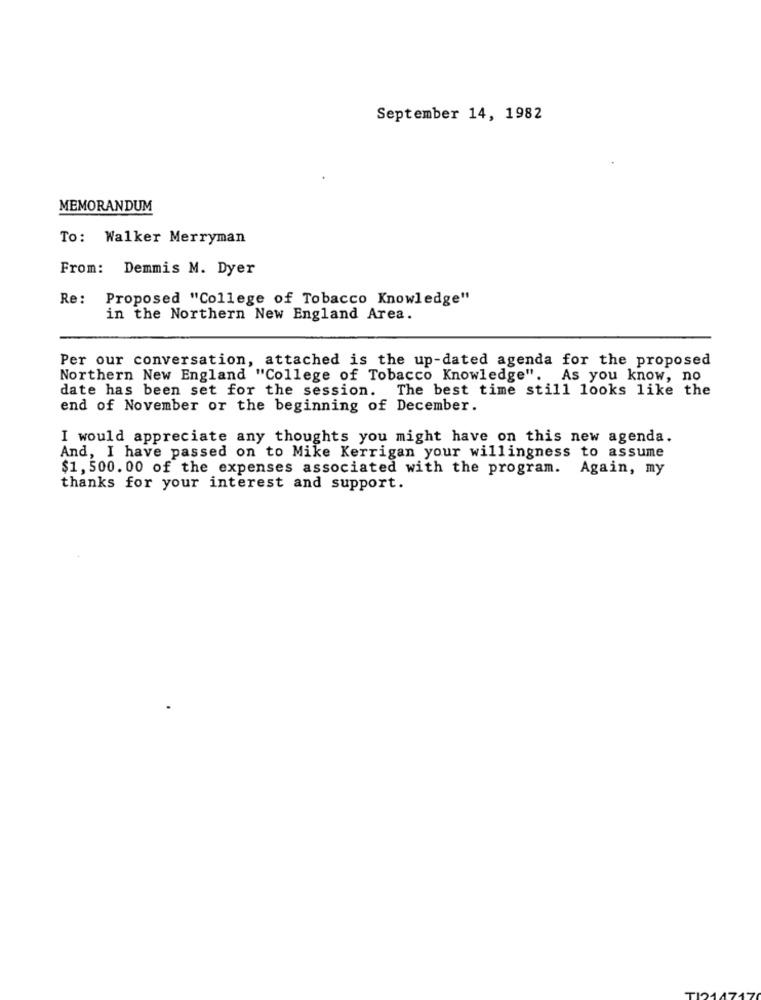
September 14, 1982
MEMORANDUM
To: Walker Merryman
From: Demmis M. Dyer
Re:
Proposed "College of Tobacco Knowledge"
in the Northern New England Area.
Per our conversation, attached is the up-dated agenda for the proposed
Northern New England "College of Tobacco Knowledge". As you know, no
date has been set for the session. The best time still looks like the
end of November or the beginning of December.
I would appreciate any thoughts you might have on this new agenda.
And, I have passed on to Mike Kerrigan your willingness to assume
$1, 500. 00 of the expenses associated with the program. Again, my
thanks for your interest and support.